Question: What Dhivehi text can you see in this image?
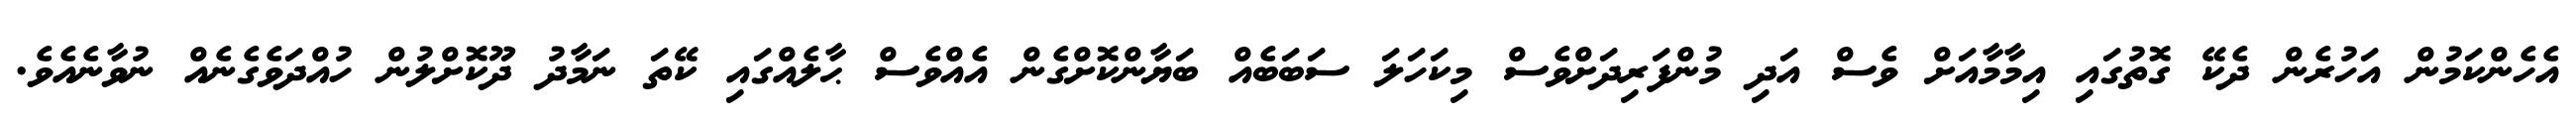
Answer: އެހެންކަމުން އަހުރެން ދެކޭ ގޮތުގައި އިމާމާއަށް ވެސް އަދި މުންފަރިދަށްވެސް މިކަހަލަ ސަބަބެއް ބަޔާންކޮށްގެން އެއްވެސް ޙާލެއްގައި ކޭތަ ނަމާދު ދޫކޮށްލުން ހުއްދަވެގެނެއް ނުވާނެއެވެ.